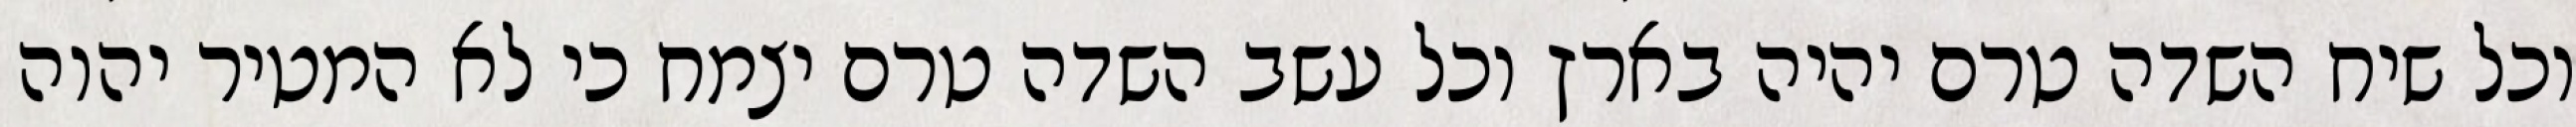
וכל שיח השדה טרם יהיה בארץ וכל עשב השדה טרם יצמח כי לא המטיר יהוה